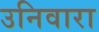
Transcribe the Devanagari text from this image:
उनिवारा